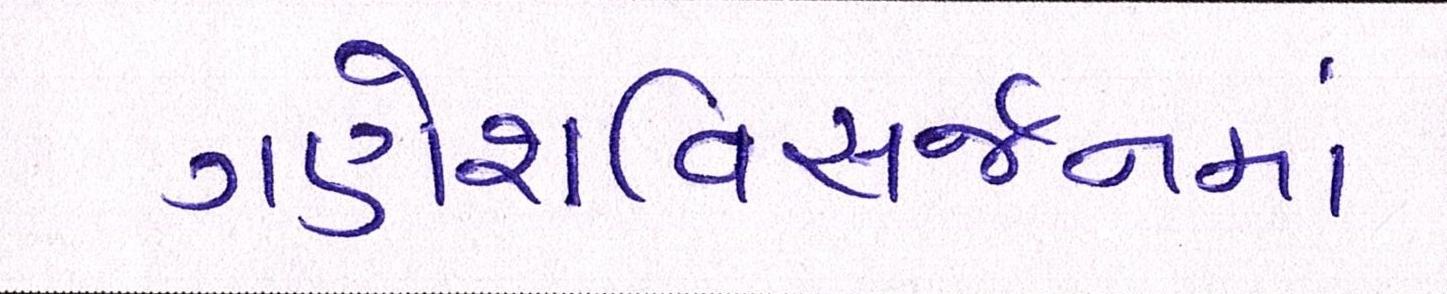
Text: ગણેશવિસર્જનમાં